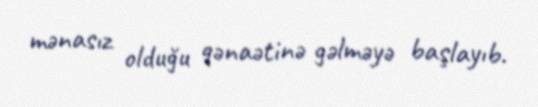
mənasız olduğu qənaətinə gəlməyə başlayıb.